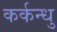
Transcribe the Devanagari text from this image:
कर्कन्धु